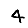
Digit: 4